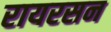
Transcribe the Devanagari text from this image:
रायरसन